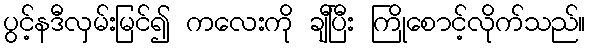
ပွင့်နဒီလှမ်းမြင်၍ ကလေးကို ချီပြီး ကြိုစောင့်လိုက်သည်။